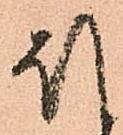
ほ